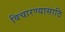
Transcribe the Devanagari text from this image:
विचारण्यासाठि